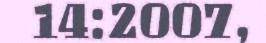
14:2007,